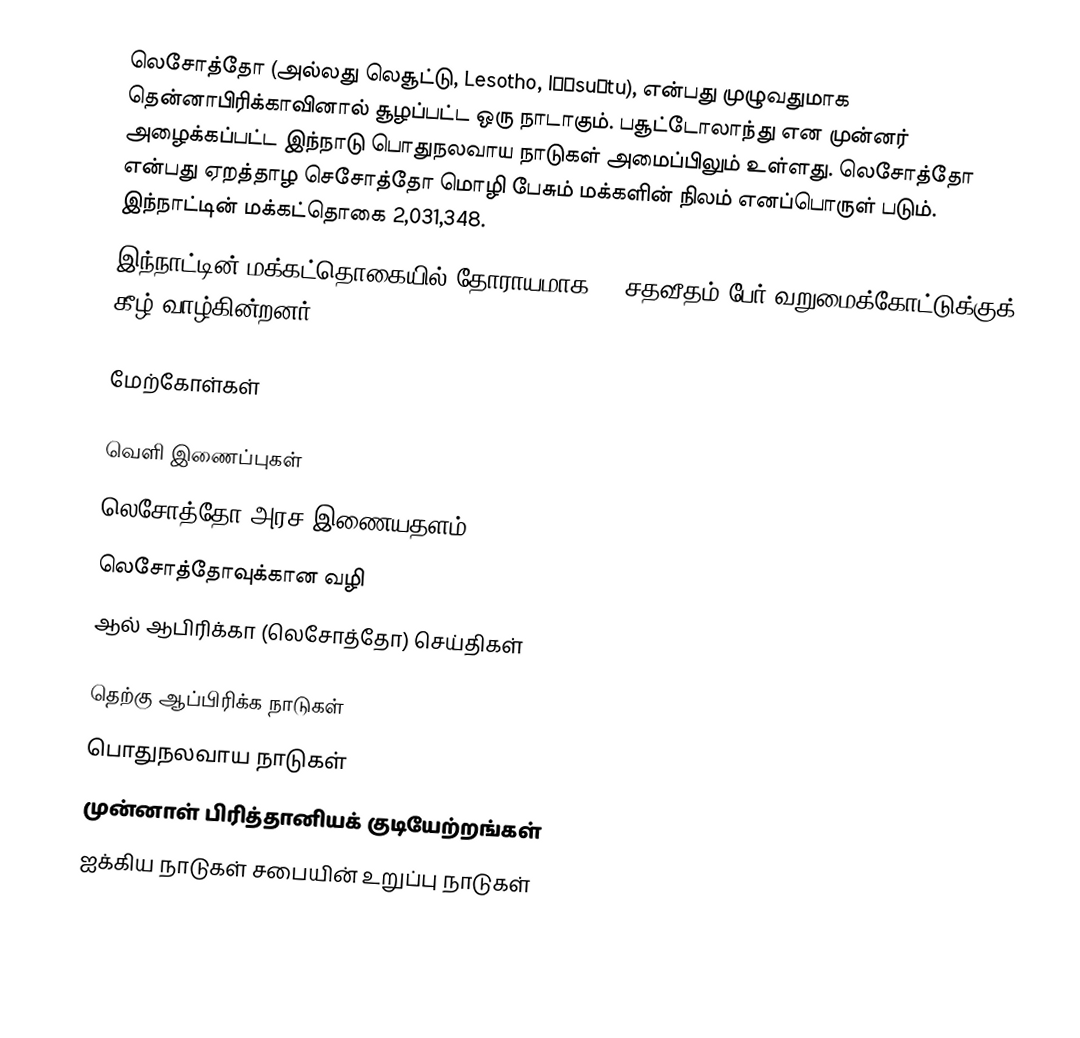
லெசோத்தோ (அல்லது லெசூட்டு, Lesotho, lɪˈsuːtu), என்பது முழுவதுமாக தென்னாபிரிக்காவினால் சூழப்பட்ட ஒரு நாடாகும். பசூட்டோலாந்து என முன்னர் அழைக்கப்பட்ட இந்நாடு பொதுநலவாய நாடுகள் அமைப்பிலும் உள்ளது. லெசோத்தோ என்பது ஏறத்தாழ செசோத்தோ மொழி பேசும் மக்களின் நிலம் எனப்பொருள் படும். இந்நாட்டின் மக்கட்தொகை 2,031,348.
இந்நாட்டின் மக்கட்தொகையில் தோராயமாக 40 சதவீதம் பேர் வறுமைக்கோட்டுக்குக் கீழ் வாழ்கின்றனர்.

மேற்கோள்கள்

வெளி இணைப்புகள்
 லெசோத்தோ அரச இணையதளம்
 லெசோத்தோவுக்கான வழி
 ஆல் ஆபிரிக்கா (லெசோத்தோ) செய்திகள்

தெற்கு ஆப்பிரிக்க நாடுகள்
பொதுநலவாய நாடுகள்
முன்னாள் பிரித்தானியக் குடியேற்றங்கள்
ஐக்கிய நாடுகள் சபையின் உறுப்பு நாடுகள்